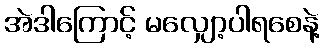
အဲဒါကြောင့် မလျှော့ပါရစေနဲ့